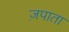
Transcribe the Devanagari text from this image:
ज़पाता